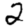
Digit: 2